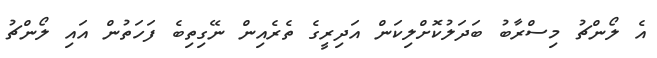
އެ ލޯންޗު މިސްރާބު ބަދަލުކޮށްލިކަން އަދިރީގެ ތެރެއިން ނޭގިތިބެ ފަހަތުން އައި ލޯންޗު